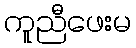
ကူညီဖေးမ